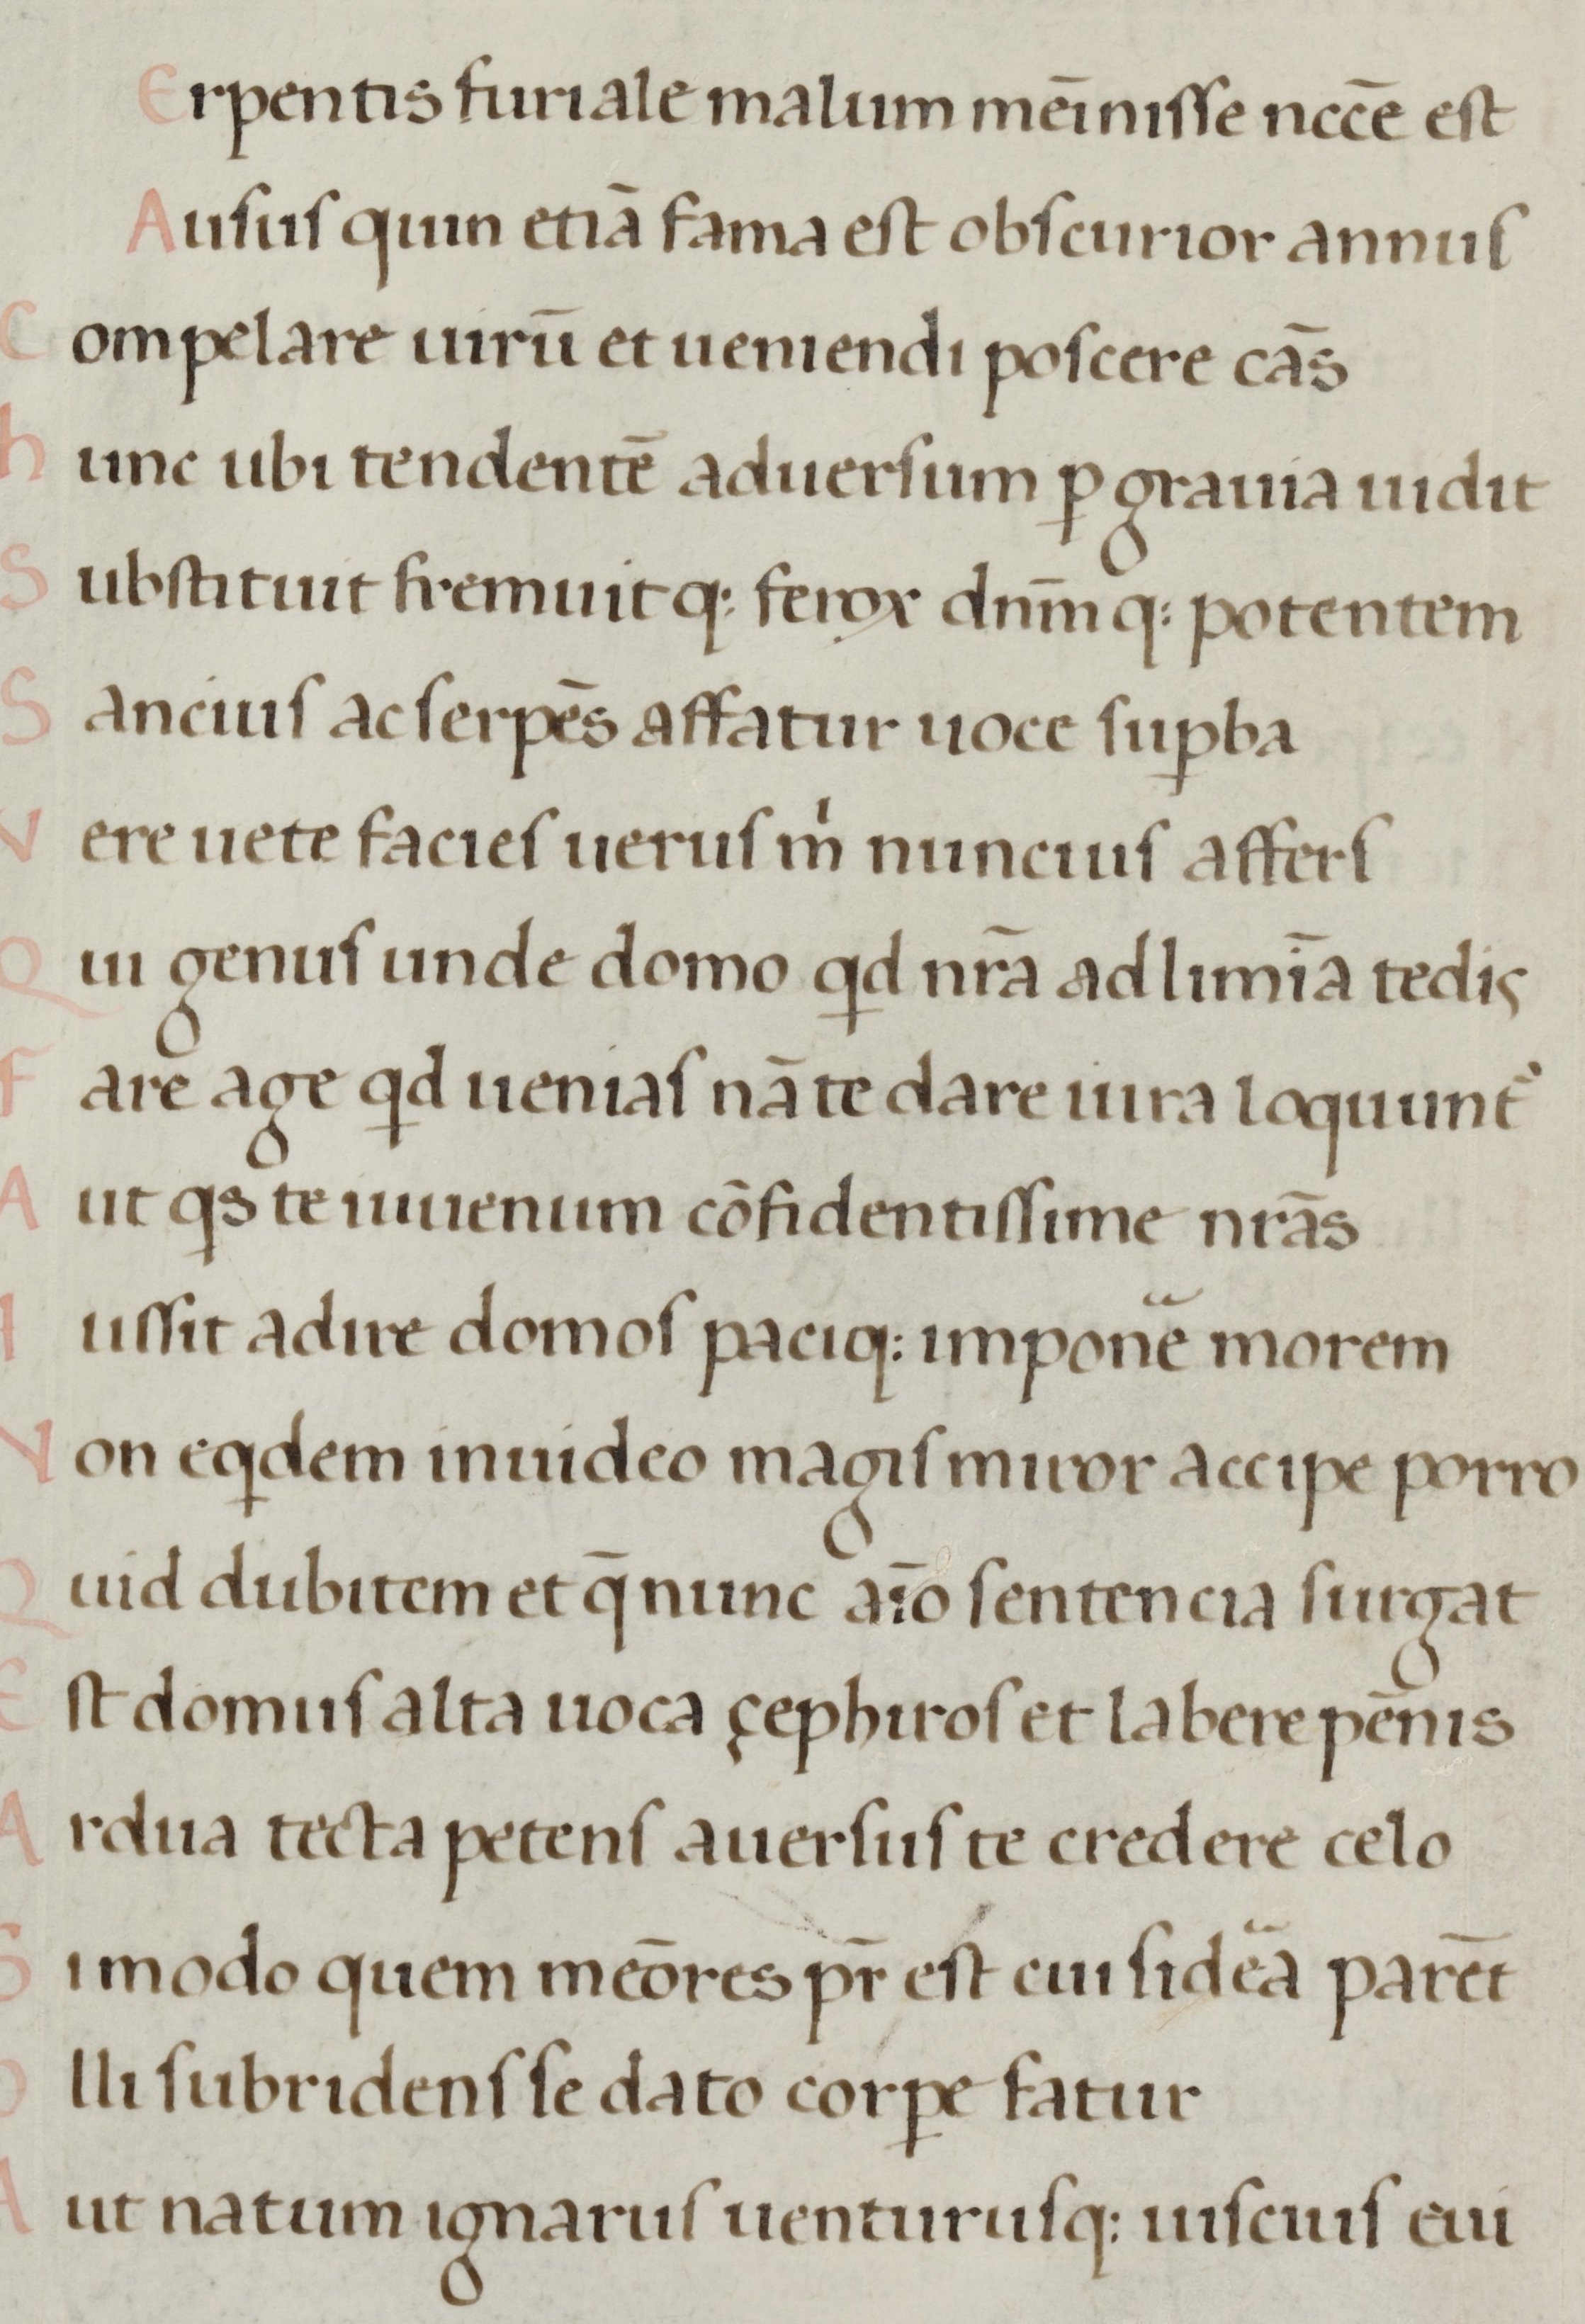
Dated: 1450–1499